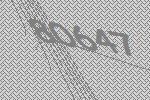
80647